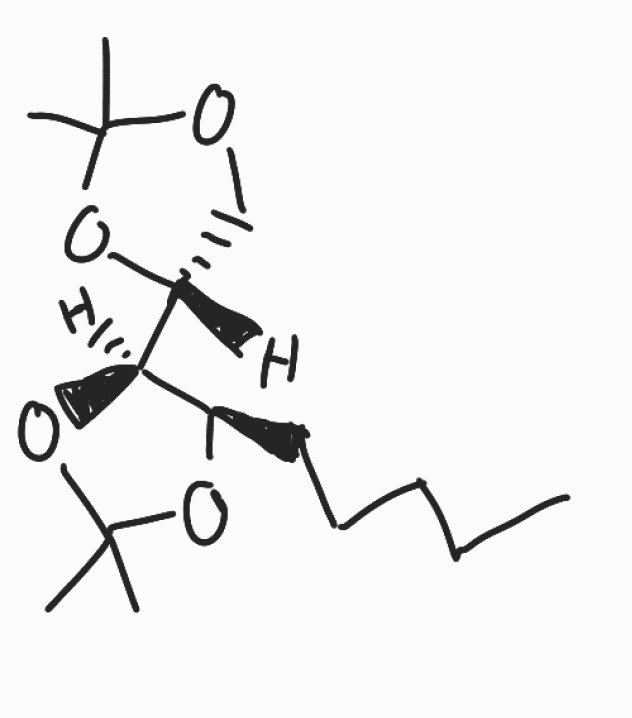
Simplified molecular-input line-entry system (SMILES) notation of the given molecule:
CCCCC[C@@H]1[C@@H](OC(O1)(C)C)[C@H]2COC(O2)(C)C